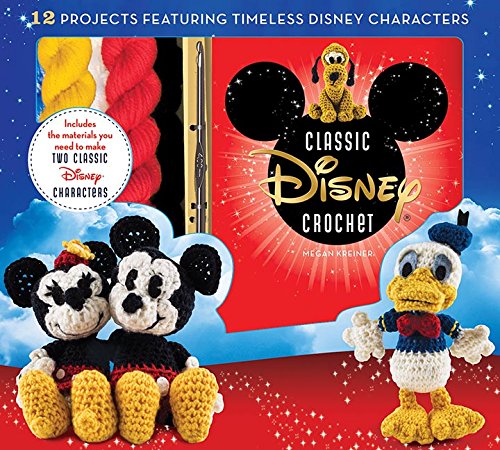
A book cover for Disney Classic Crochet; Megan Kreiner; Crafts, Hobbies & Home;